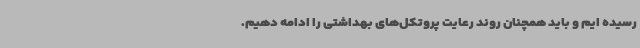
رسیده ایم و باید همچنان روند رعایت پروتکل‌های بهداشتی را ادامه دهیم.